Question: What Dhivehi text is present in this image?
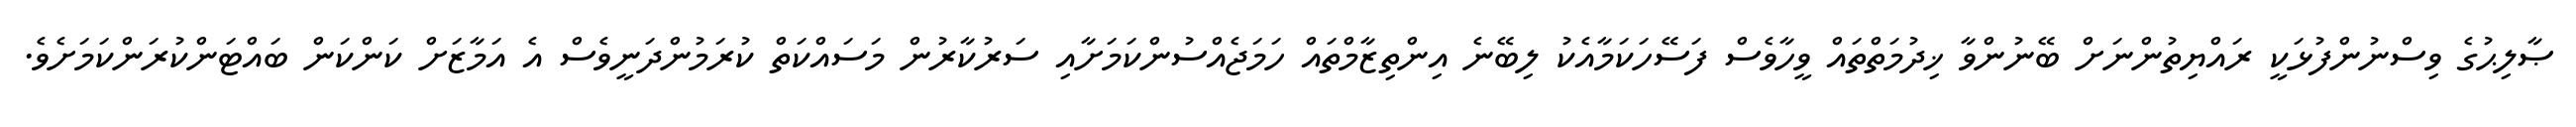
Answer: ޞާލިޙުގެ ވިސްނުންފުޅަކީ ރައްޔިތުންނަށް ބޭނުންވާ ޚިދުމަތްތައް ވީހާވެސް ފަސޭހަކަމާއެކު ލިބޭނެ އިންތިޒާމްތައް ހަމަޖެއްސުންކަމަށާއި ސަރުކާރުން މަސައްކަތް ކުރަމުންދަނީވެސް އެ އަމާޒަށް ކަންކަން ބައްޓަންކުރަންކަމަށެވެ.